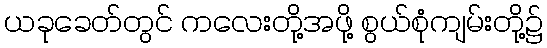
ယခုခေတ်တွင် ကလေးတို့အဖို့ စွယ်စုံကျမ်းတို့၌